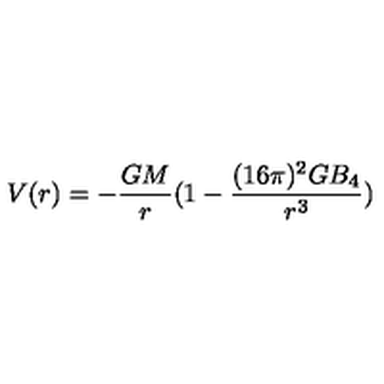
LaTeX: V ( r ) = - { \frac { G M } { r } } ( 1 - { \frac { ( 1 6 \pi ) ^ { 2 } G B _ { 4 } } { r ^ { 3 } } } )